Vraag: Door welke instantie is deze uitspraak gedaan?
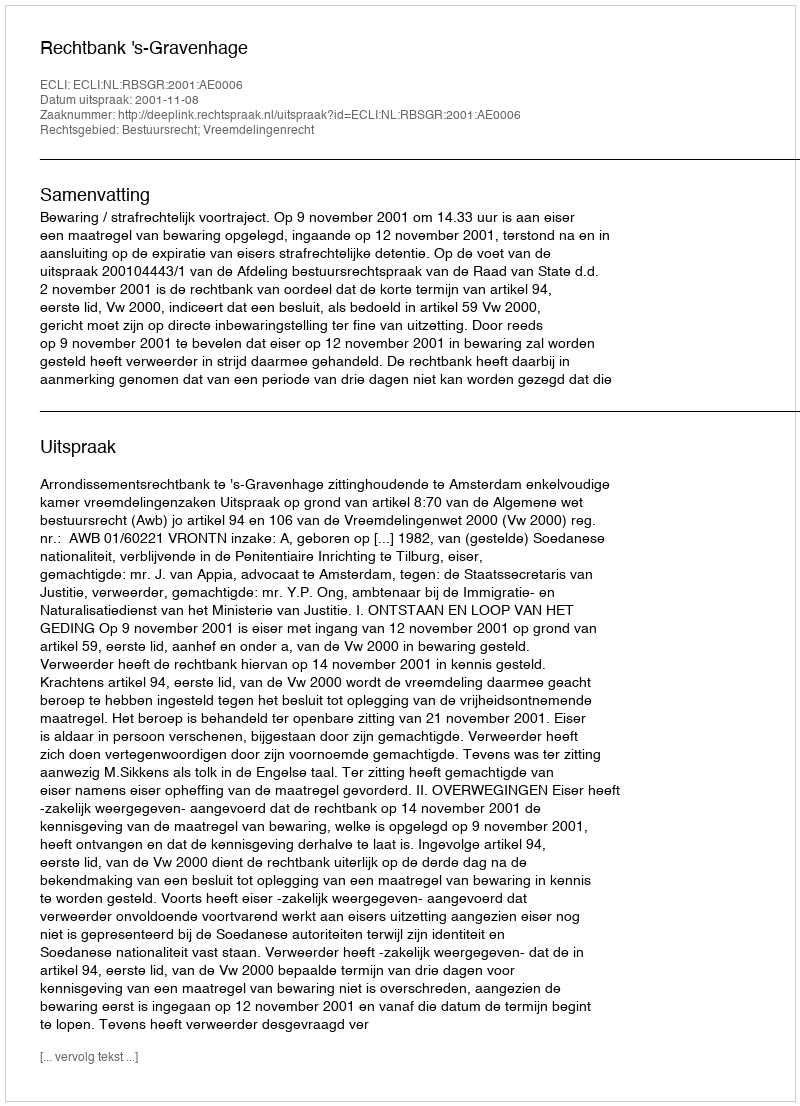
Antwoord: Rechtbank 's-Gravenhage